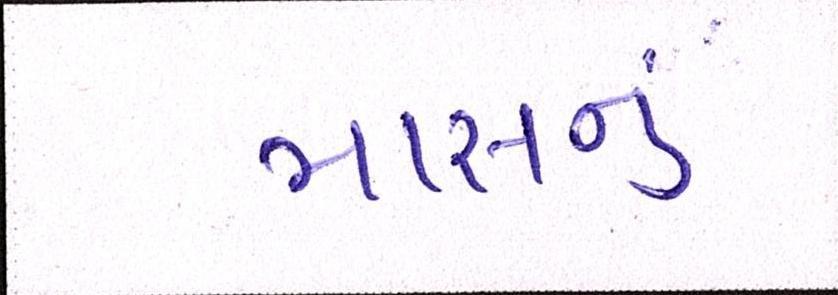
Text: માસનુ